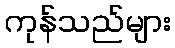
ကုန်သည်များ